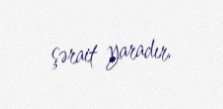
şərait yaradır.